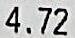
4.72